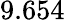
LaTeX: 9.654